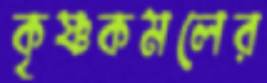
কৃষ্ণকমলের